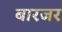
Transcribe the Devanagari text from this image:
बारजर